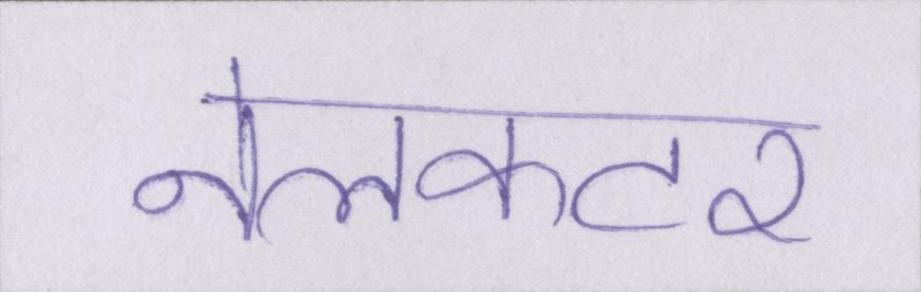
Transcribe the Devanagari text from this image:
नेलकटर